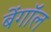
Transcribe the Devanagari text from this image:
बेंगॉल